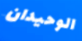
الوحيدان